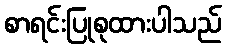
စာရင်းပြုစုထားပါသည်